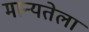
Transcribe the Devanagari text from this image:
मान्यतेला